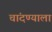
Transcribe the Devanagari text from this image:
चांदण्याला